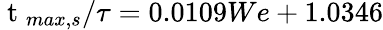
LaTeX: \mathrm{~t~}_{max,s}/\tau=0.0109We+1.0346